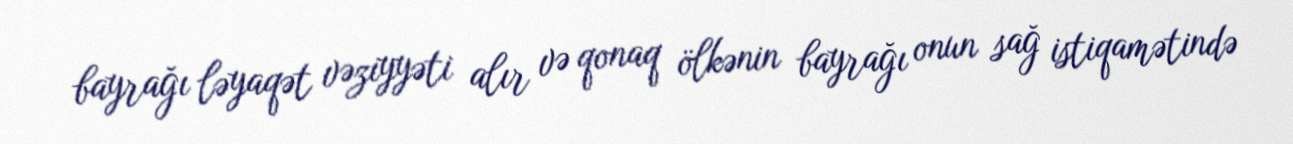
bayrağı ləyaqət vəziyyəti alır və qonaq ölkənin bayrağı onun sağ istiqamətində